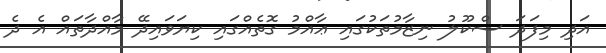
އަދި މިފަދަ ސްކޫލު ނިޒާމުތަކުގައި ޢާއްމު ގޮތެއްގައި ކިޔަވައިދޭ މާއްދާތައް އެ ދެ